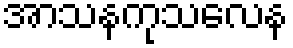
အာသနကုသလေန